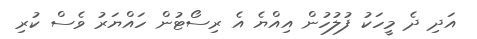
އަދި ދެ މީހަކު ފުލުހުން އިއްޔެ އެ ރިސޯޓުން ހައްޔަރު ވެސް ކުރި